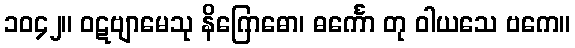
၁၀၄၂။ ဝဋဗျာမေသု နိဂြောဓော၊ ဓင်္ကော တု ဝါယသေ ဗကေ။